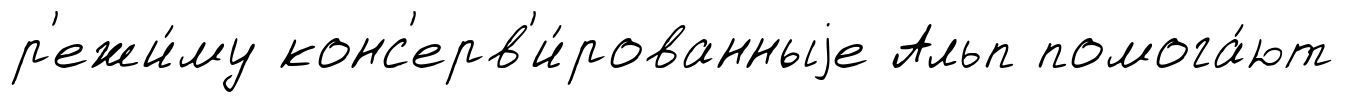
р'ежи́му конс'ерв'и́рованныjе Альп помога́ют